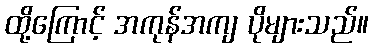
ထို့ကြောင့် အကုန်အကျ ပိုများသည်။